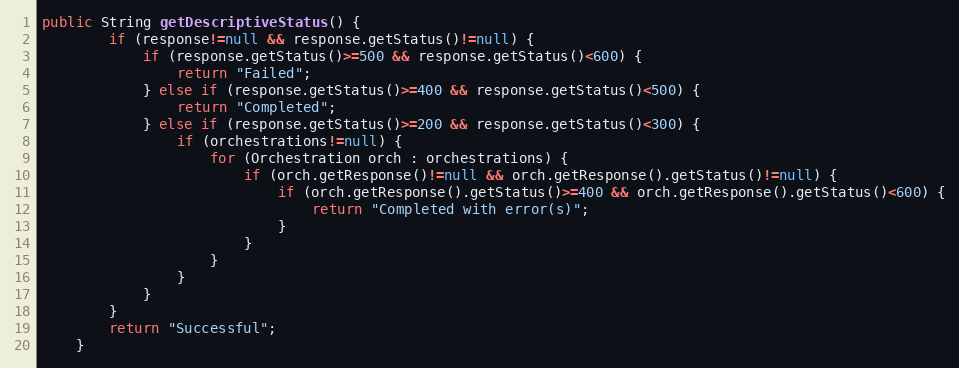
Language: Java
public String getDescriptiveStatus() {
        if (response!=null && response.getStatus()!=null) {
            if (response.getStatus()>=500 && response.getStatus()<600) {
                return "Failed";
            } else if (response.getStatus()>=400 && response.getStatus()<500) {
                return "Completed";
            } else if (response.getStatus()>=200 && response.getStatus()<300) {
                if (orchestrations!=null) {
                    for (Orchestration orch : orchestrations) {
                        if (orch.getResponse()!=null && orch.getResponse().getStatus()!=null) {
                            if (orch.getResponse().getStatus()>=400 && orch.getResponse().getStatus()<600) {
                                return "Completed with error(s)";
                            }
                        }
                    }
                }
            }
        }
        return "Successful";
    }